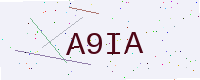
Text: A9IA